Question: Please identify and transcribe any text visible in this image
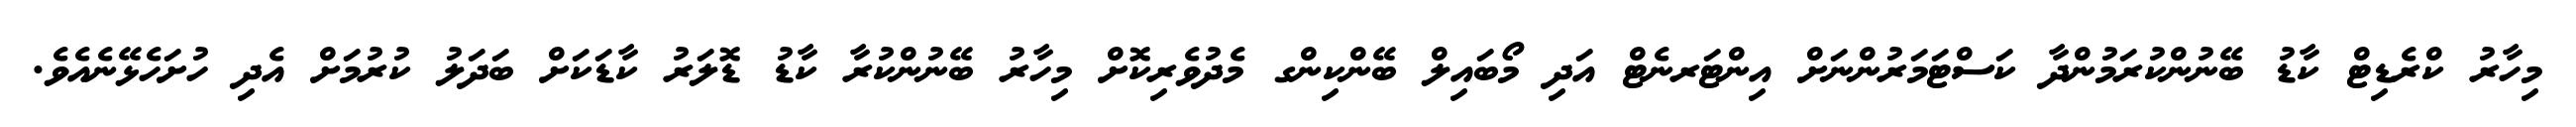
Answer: މިހާރު ކްރެޑިޓް ކާޑު ބޭނުންކުރަމުންދާ ކަސްޓަމަރުންނަށް އިންޓަރނެޓް އަދި މޯބައިލް ބޭންކިންގ މެދުވެރިކޮށް މިހާރު ބޭނުންކުރާ ކާޑު ޑޮލަރު ކާޑަކަށް ބަދަލު ކުރުމަށް އެދި ހުށަހެޅޭނެއެވެ.